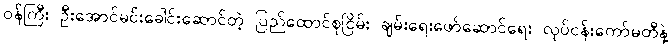
၀န်ကြီး ဦးအောင်မင်းခေါင်းဆောင်တဲ့ ပြည်ထောင်စုငြိမ်း ချမ်းရေးဖော်ဆောင်ရေး လုပ်ငန်းကော်မတီနဲ့